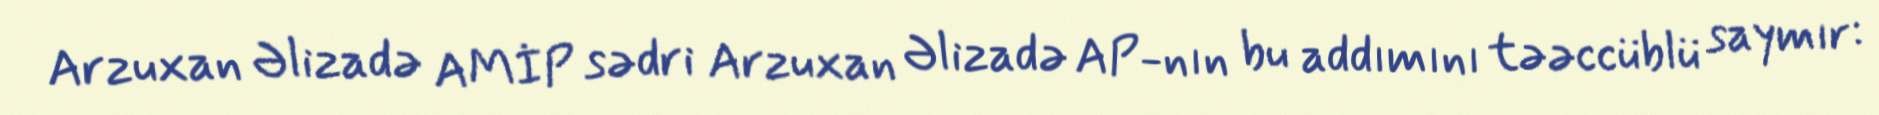
Arzuxan Əlizadə AMİP sədri Arzuxan Əlizadə AP-nın bu addımını təəccüblü saymır: